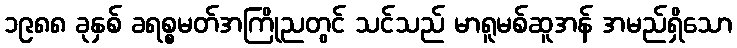
၁၉၈၈ ခုနှစ် ခရစ္စမတ်အကြိုညတွင် သင်သည် မာရူမစ်ဆူအန် အမည်ရှိသော